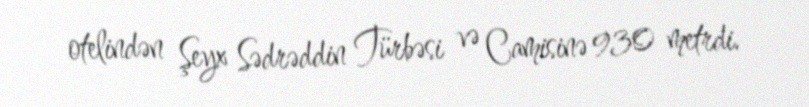
otelindən Şeyx Sədrəddin Türbəsi və Camisinə 930 metrdi.